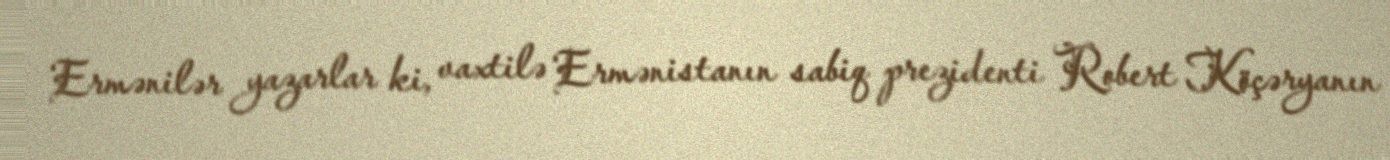
Ermənilər yazarlar ki, vaxtilə Ermənistanın sabiq prezidenti Robert Köçəryanın